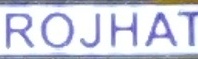
ROJHAT